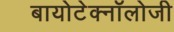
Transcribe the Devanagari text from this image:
बायोटेक्नॉलोजी